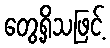
တွေ့ရှိသဖြင့်